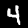
Label: 4